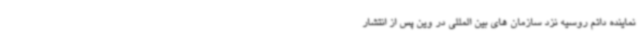
نماینده دائم روسیه نزد سازمان های بین المللی در وین پس از انتشار